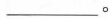
___。